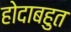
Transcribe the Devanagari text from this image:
होदाबहुत